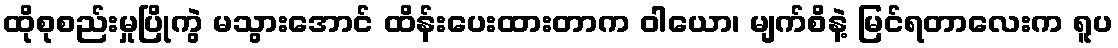
ထိုစုစည်းမှုပြိုကွဲ မသွားအောင် ထိန်းပေးထားတာက ဝါယော၊ မျက်စိနဲ့ မြင်ရတာလေးက ရူပ